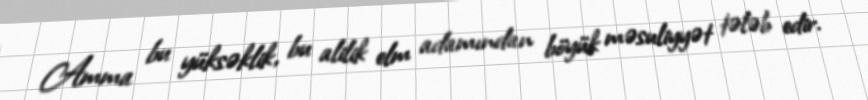
Amma bu yüksəklik, bu alilik elm adamından böyük məsuliyyət tələb edir.